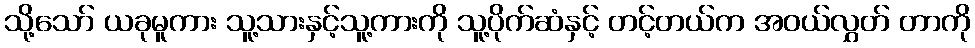
သို့သော် ယခုမူကား သူ့သားနှင့်သူ့ကားကို သူ့ပိုက်ဆံနှင့် တင့်တယ်က အဝယ်လွှတ် တာကို